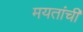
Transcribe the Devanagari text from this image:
मयतांची